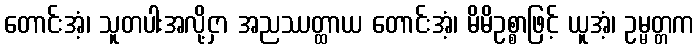
တောင်းအံ့၊ သူတပါးအလို့ငှာ အညဿတ္ထာယ တောင်းအံ့၊ မိမိဥစ္စာဖြင့် ယူအံ့၊ ဥမ္မတ္တက